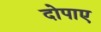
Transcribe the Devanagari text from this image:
दोपाए